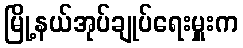
မြို့နယ်အုပ်ချုပ်ရေးမှူးက